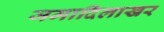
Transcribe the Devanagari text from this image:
जमादिलाखर